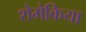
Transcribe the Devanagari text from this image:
शेमेकिया